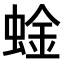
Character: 𫋆